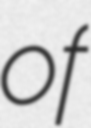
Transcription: of